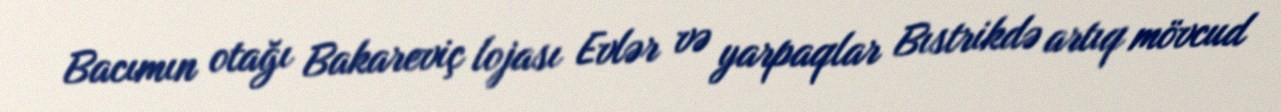
Bacımın otağı Bakareviç lojası Evlər və yarpaqlar Bıstrikdə artıq mövcud